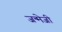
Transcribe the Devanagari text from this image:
जन्मेजी